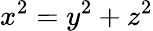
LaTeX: x^{2}=y^{2}+z^{2}